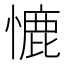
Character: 㦇